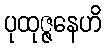
ပုထုဇ္ဇနေဟိ